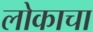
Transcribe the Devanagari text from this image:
लोकाचा